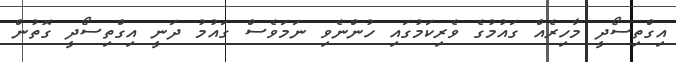
އިގްތިސޯދީ މާހިރެއް ގައުމުގެ ވެރިކަމުގައި ހުންނެވި ނަމަވެސް ގައުމު ދަނީ އިގްތިސޯދީ ގޮތުން